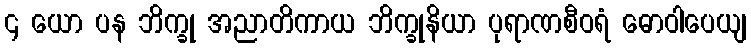
၄ ယော ပန ဘိက္ခု အညာတိကာယ ဘိက္ခုနိယာ ပုရာဏစီဝရံ ဓောဝါပေယျ